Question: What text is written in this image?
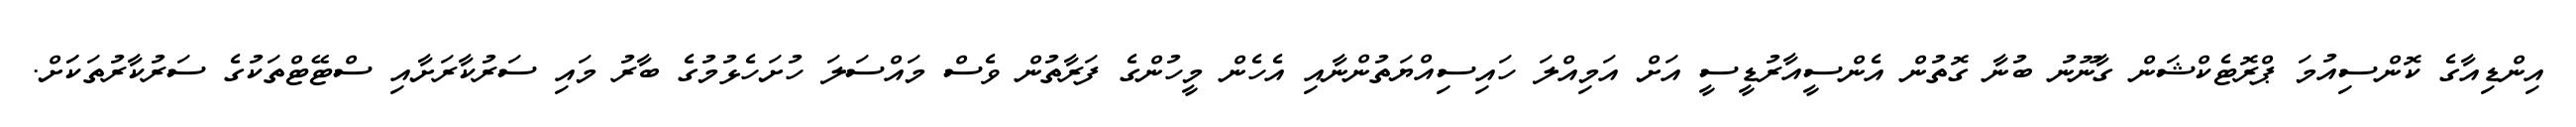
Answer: އިންޑިއާގެ ކޮންސިއުމަ ޕްރޮޓެކްޝަން ގާނޫނު ބުނާ ގޮތުން އެންސީއާރުޑީސީ އަށް އަމިއްލަ ހައިސިއްޔަތުންނާއި އެހެން މީހުންގެ ފަރާތުން ވެސް މައްސަލަ ހުށަހެޅުމުގެ ބާރު މައި ސަރުކާރަށާއި ސްޓޭޓްތަކުގެ ސަރުކާރުތަކަަށް.